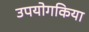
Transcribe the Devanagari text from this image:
उपयोगकिया